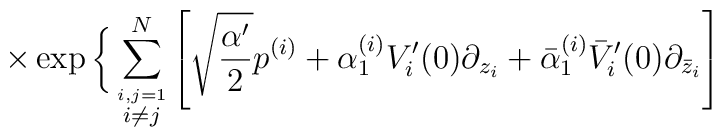
\times \exp  \bigg\{  \sum_{\stackrel{i,j=1}{i \neq j}}^{N} \left[ \sqrt{\frac{\alpha'}{2}} p^{(i)}  + \alpha_{1}^{(i)} V'_{i}(0)\partial_{z_{i}}  + \bar{\alpha}_{1}^{(i)} \bar{V}'_{i}(0) \partial_{\bar{z}_{i}} \right]